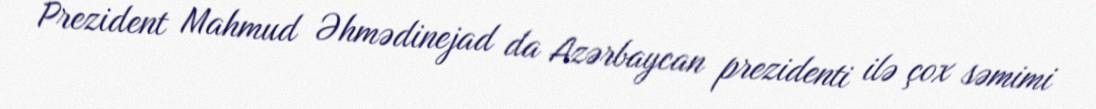
Prezident Mahmud Əhmədinejad da Azərbaycan prezidenti ilə çox səmimi